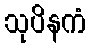
သုပိနကံ